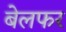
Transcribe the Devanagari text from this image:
बेलफर